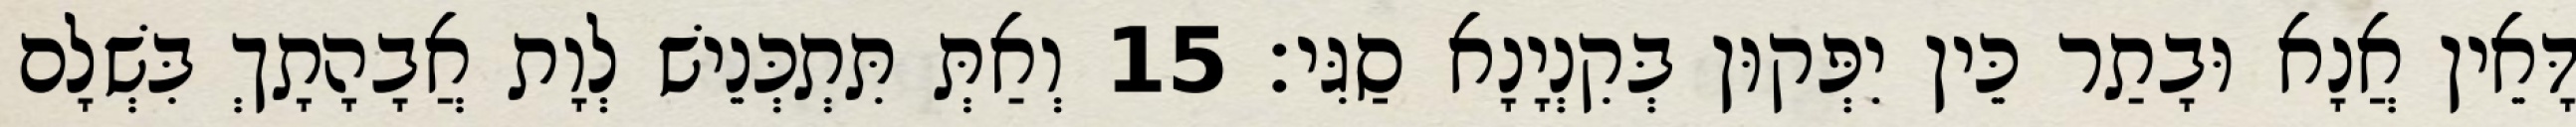
דָּאֵין אֲנָא וּבָתַר כֵּין יִפְּקוּן בְּקִנְיָנָא סַגִּי׃ 15 וְאַתְּ תִּתְכְּנֵישׁ לְוָת אֲבָהָתָךְ בִּשְׁלָם